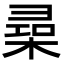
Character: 𣕠